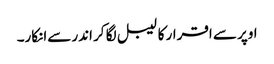
اوپر سے اقرار کا لیبل لگا کر اندر سےانکار۔